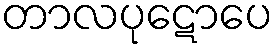
တာလပုဋောပေ